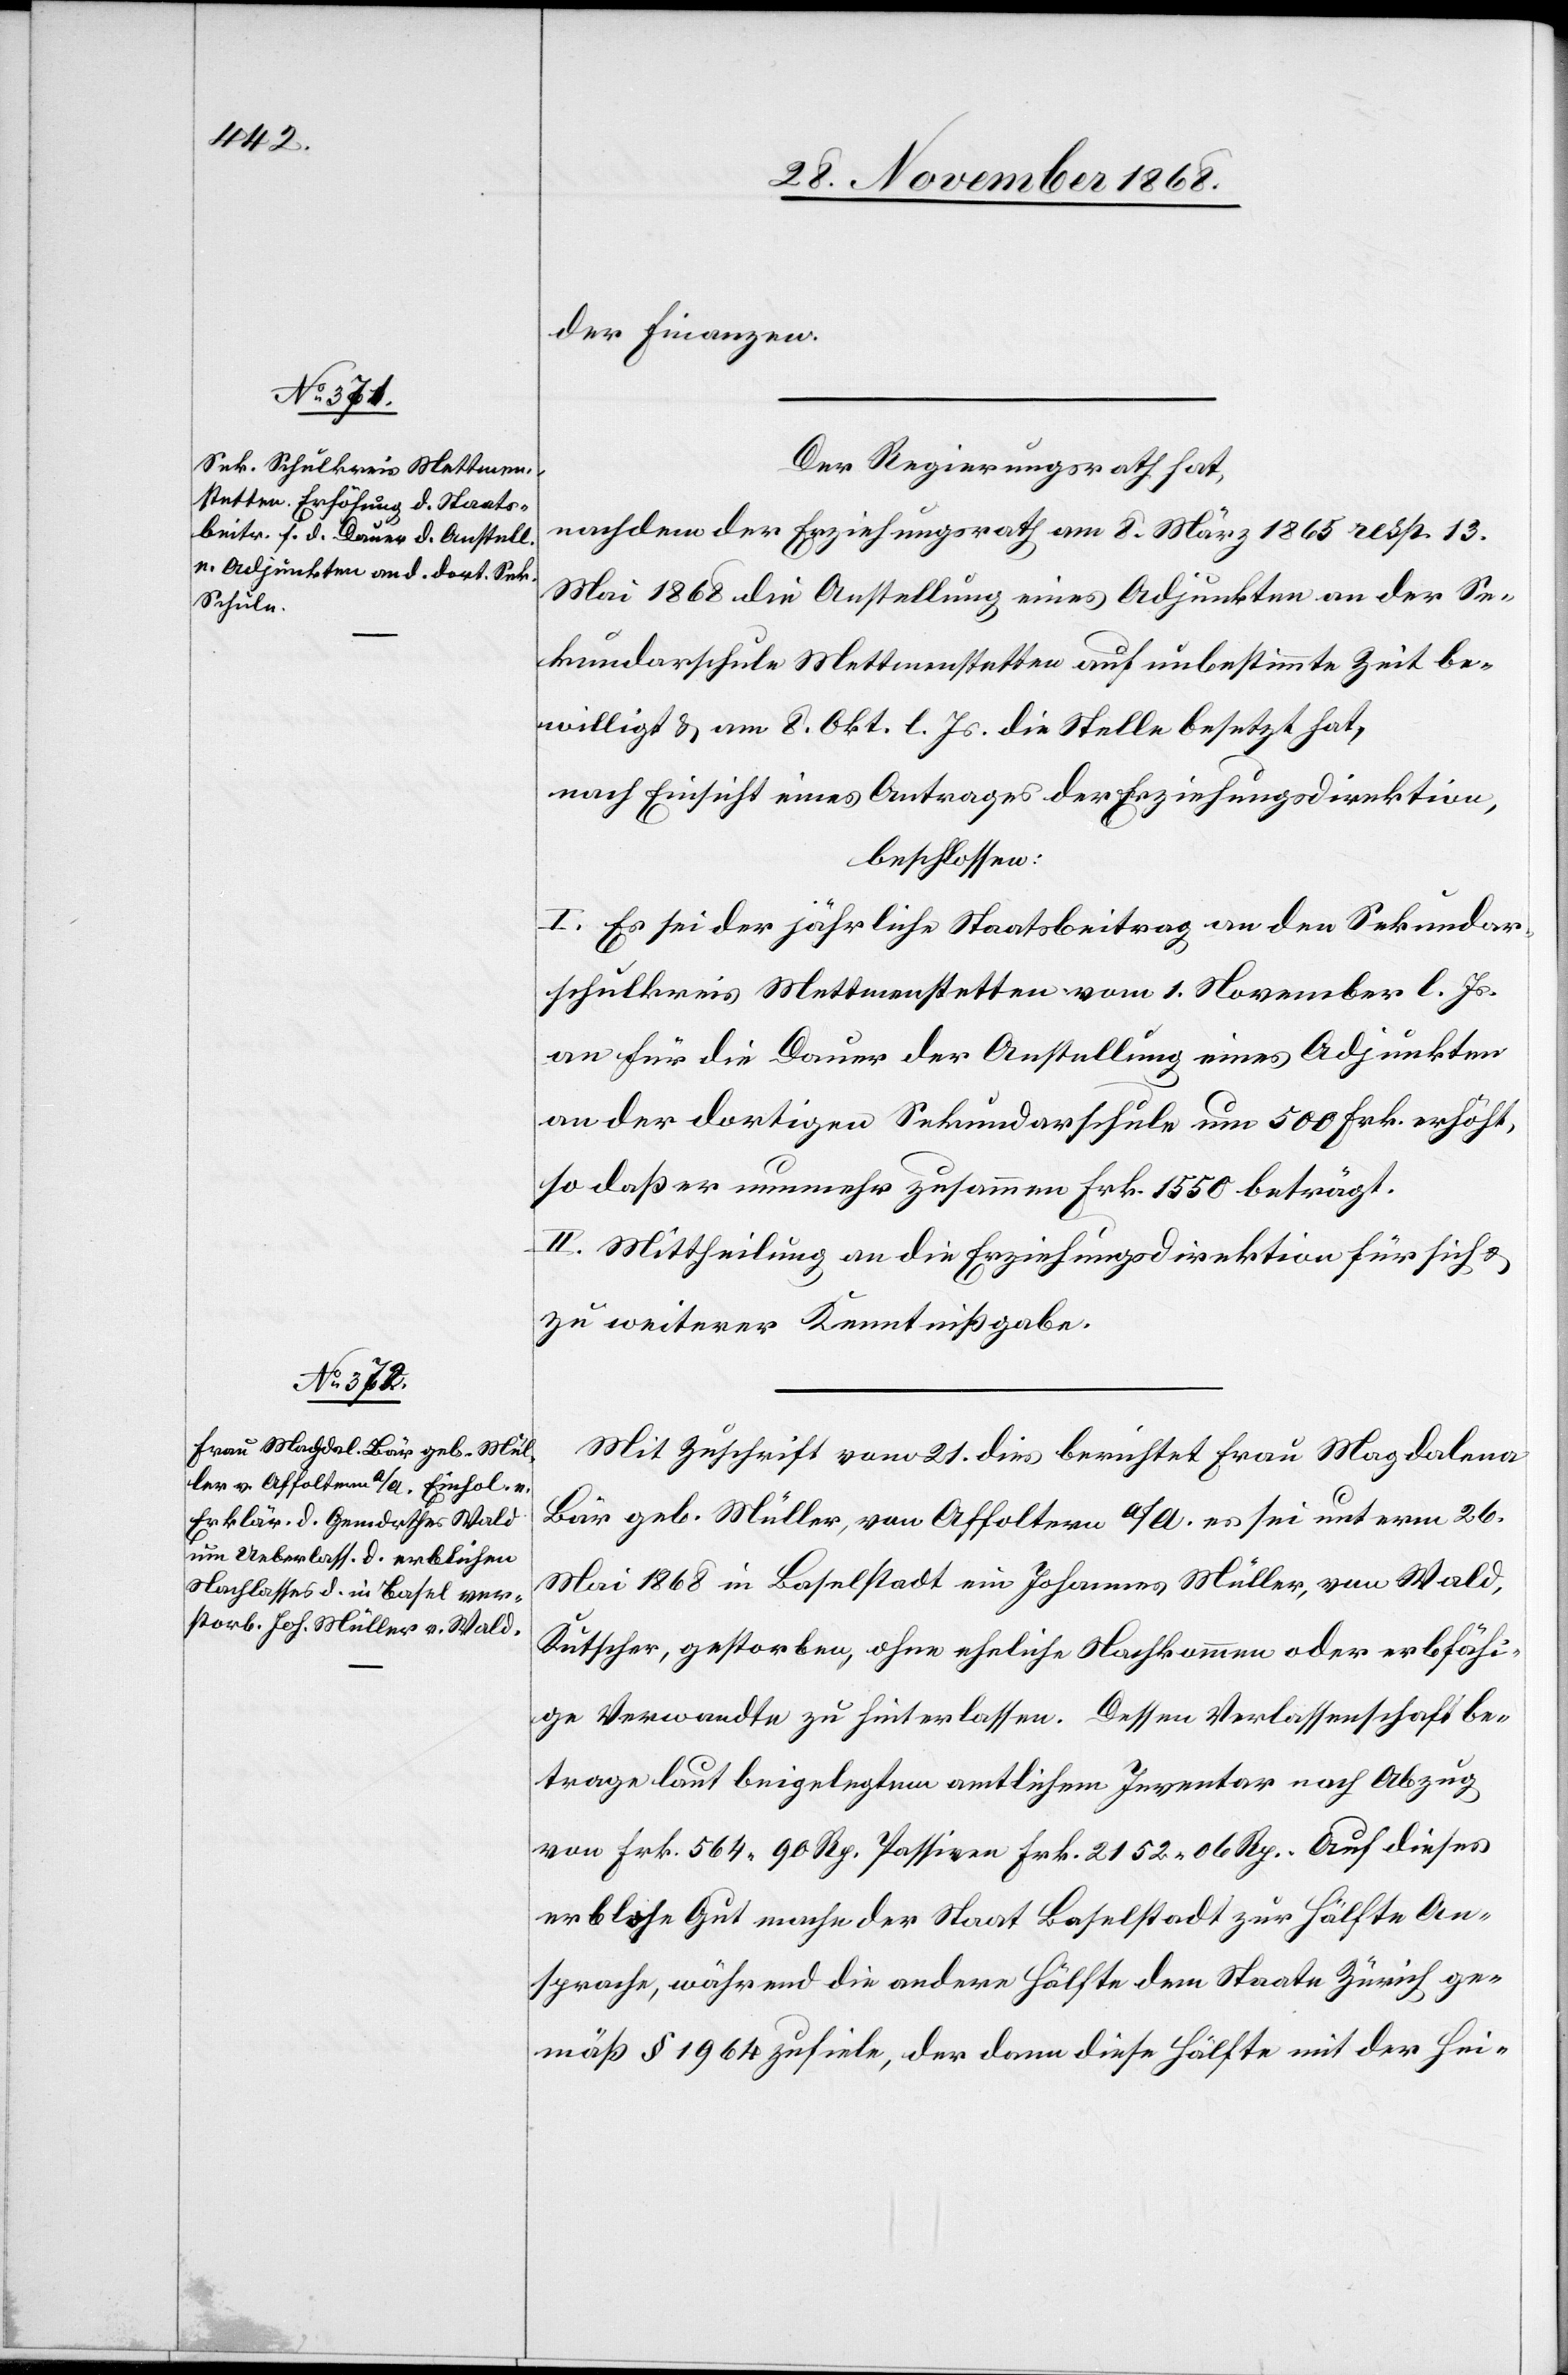
der Finanzen.
Der Regierungsrath hat,
nachdem der Erziehungsrath am 8. März 1865 resp. 13.
Mai 1868 die Anstellung eines Adjunkten an der Se¬
kundarschule Mettmenstetten auf unbestimmte Zeit be¬
willigt & am 8. Okt. l. Js. die Stelle besetzt hat,
nach Einsicht eines Antrages der Erziehungsdirektion,
beschlossen:
I. Es sei der jährliche Staatsbeitrag an den Sekundar¬
schulkreis Mettmenstetten vom 1. November l. Js.
an für die Dauer der Anstellung eines Adjunkten
an der dortigen Sekundarschule um 500 Frk. erhöht,
so daß er nunmehr zusammen Frk. 1550 beträgt.
II. Mittheilung an die Erziehungsdirektion für sich &
zu weiterer Kenntnißgabe.
Mit Zuschrift vom 21. dies berichtet Frau Magdalena
Bär geb. Müller, von Affoltern a/A. es sei unterm 26.
Mai 1868 in Baselstadt ein Johannes Müller, von Wald,
Kutscher, gestorben, ohne eheliche Nachkommen oder erbfähi¬
ge Verwandte zu hinterlassen. Dessen Verlassenschaft be¬
trage laut beigelegtem amtlichem Inventar nach Abzug
von Frk. 564 90 Rp. Passiven Frk. 2152 06 Rp. Auf dieses
erbliche Gut mache der Staat Baselstadt zur Hälfte An¬
sprache, während die andere Hälfte dem Staate Zürich ge¬
mäß § 1964 zufiele, der dann diese Hälfte mit der Hei-